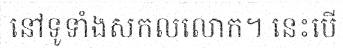
នៅទូទាំងសកលលោក។ នេះបើ